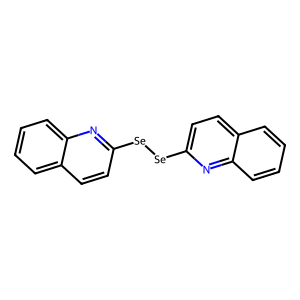
SMILES: c1ccc2nc([Se][Se]c3ccc4ccccc4n3)ccc2c1
Inhibits HIV replication: No